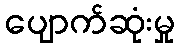
ပျောက်ဆုံးမှု